Reports on dispensaries and lunatic asylums in the Province of Oudh - 1869-1876
Year: 1869
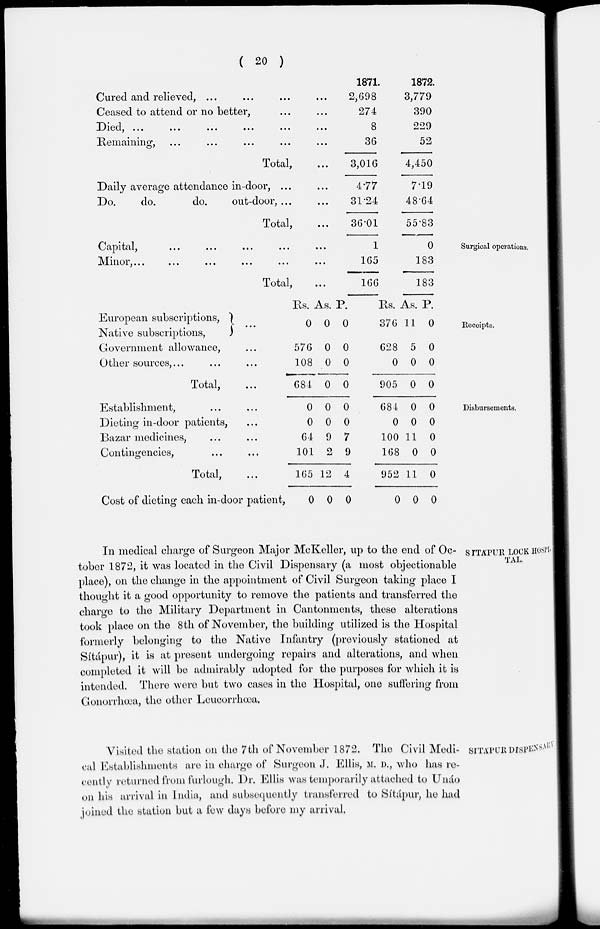
( 20 )
Cured and relieved, ... ... ... ...
Ceased to attend or no better, ... ...
Died, ... ... ... ... ... ...
Remaining, ... ... ... ... ...
Total, ...
Daily average attendance in-door, ... ...
Do.
do.
do.
out-door, ... ...
Total, ...
1871.
2,698
274
8
36
3,016
4.77
31.24
36.01
1872.
3,779
390
229
52
4,450
7.19
48.64
55.83
Surgical operations.
Capital,
...
...
...
...
...
...
Minor,
...
...
...
...
...
...
Total, ...
1
165
166
0
183
183
Receipts.
European subscriptions, ...
Native subscriptions, ...
Government allowance, ...
Other sources,... ... ...
Total, ...
Rs.
0
576
108
684
As.
0
0
0
0
P.
0
0
0
0
Rs.
376
628
0
905
As.
11
5
0
0
P.
0
0
0
0
Disbursements.
Establishment, ... ...
Dieting in-door patients, ...
Bazar medicines, ... ...
Contingencies, ... ...
Total, ...
Cost of dieting each in-door patient,
0
0
64
101
165
0
0
0
9
2
12
0
0
0
7
9
4
0
684
0
100
168
952
0
0
0
11
0
11
0
0
0
0
0
0
0
SÍTÁPUR LOCK HOSPI-
TAL.
In medical charge of Surgeon Major McKeller, up to the end of Oc-
tober 1872, it was located in the Civil Dispensary (a most objectionable
place), on the change in the appointment of Civil Surgeon taking place I
thought it a good opportunity to remove the patients and transferred the
charge to the Military Department in Cantonments, these alterations
took place on the 8th of November, the building utilized is the Hospital
formerly belonging to the Native Infantry (previously stationed at
Sítápur), it is at present undergoing repairs and alterations, and when
completed it will be admirably adopted for the purposes for which it is
intended. There were but two cases in the Hospital, one suffering from
Gonorrhœa, the other Leucorrhœa.
SÍTÁPUR DISPENSARY.
Visited the station on the 7th of November 1872. The Civil Medi-
cal Establishments are in charge of Surgeon J. Ellis, M. D., who has re-
cently returned from furlough. Dr. Ellis was temporarily attached to Unáo
on his arrival in India, and subsequently transferred to Sítápur, he had
joined the station but a few days before my arrival.